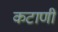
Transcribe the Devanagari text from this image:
कटाणी